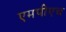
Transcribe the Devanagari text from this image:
एमपीएच